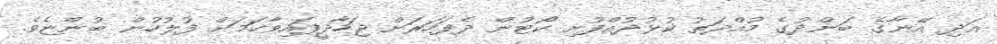
އަދި އޭނާގެ ބަންދުގެ މުއްދަތު ކުޅުދުއްފުށި ކޯޓުން ދެފަހަރަށް ޖަހާދީފައިވާކަމަށް ފުލުހުން ބުންޏެވެ.